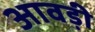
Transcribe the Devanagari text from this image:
आवड़ी